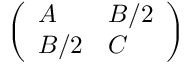
\left( { \begin{array} { l l } { A } & { B / 2 } \\ { B / 2 } & { C } \end{array} } \right)